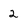
Character: 2